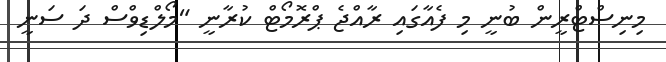
މިނިސްޓްރީން ބުނީ މި ފެއާގައި ރާއްޖެ ޕްރޮމޯޓް ކުރާނީ "މޯލްޑިވްސް ދަ ސަނީ